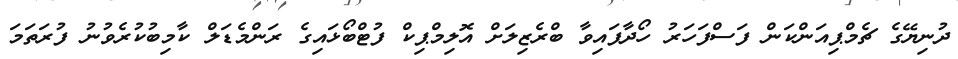
ދުނިޔޭގެ ޗެމްޕިއަންކަން ފަސްފަހަރު ހޯދާފައިވާ ބްރެޒިލަށް އޮލިމްޕިކް ފުޓްބޯޅައިގެ ރަންމެޑަލް ކާމިބުކުރެވުނު ފުރަތަމަ